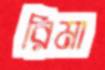
রিমা